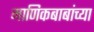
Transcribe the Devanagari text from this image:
माणिकबाबांच्या